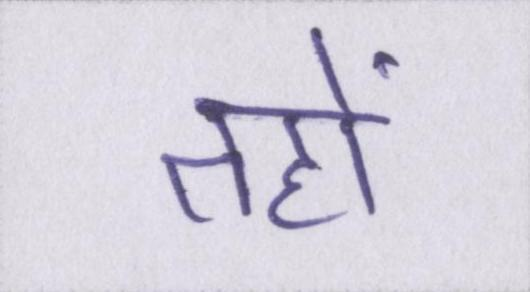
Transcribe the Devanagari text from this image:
तहों